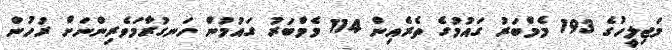
މަޖިލީހުގެ 193 މެމްބަރު ގައުމުގެ ތެރެއިން 114 މެމްބަރު ގައުމުން ހަނގުރާމަވެރިންނަށް ރުހުން